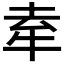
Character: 𤙏